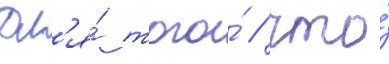
Дл'я́ того́ / что́